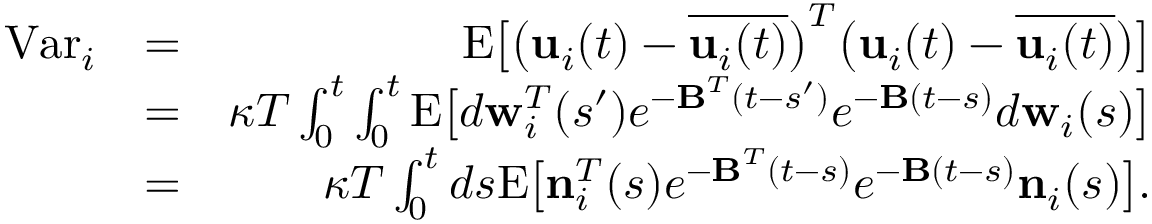
\begin{array} { r l r } { \mathrm { V a r } _ { i } } & { = } & { \mathrm { E } \big [ \big ( { \bf { u } } _ { i } ( t ) - \overline { { { \bf { u } } _ { i } ( t ) } } \big ) ^ { T } \big ( { \bf { u } } _ { i } ( t ) - \overline { { { \bf { u } } _ { i } ( t ) } } \big ) \big ] } \\ & { = } & { \kappa T \int _ { 0 } ^ { t } \int _ { 0 } ^ { t } \mathrm { E } \big [ d { \bf w } _ { i } ^ { T } ( s ^ { \prime } ) e ^ { { - \bf B } ^ { T } ( t - s ^ { \prime } ) } e ^ { { - \bf B } ( t - s ) } d { \bf w } _ { i } ( s ) \big ] } \\ & { = } & { \kappa T \int _ { 0 } ^ { t } d s \mathrm { E } \big [ { \bf n } _ { i } ^ { T } ( s ) e ^ { { - \bf B } ^ { T } ( t - s ) } e ^ { { - \bf B } ( t - s ) } { \bf n } _ { i } ( s ) \big ] . } \end{array}